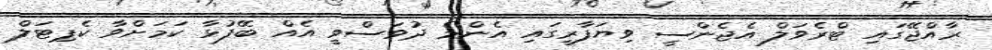
ރާއްޖޭގައި ޓްރެވަލް އެޖެންސީ ވިޔަފާރީގައި އެންމެ ދުވަސްވީ އެއް ބޭފުޅާ ކަމަށްވާ ކެޕިޓަލް